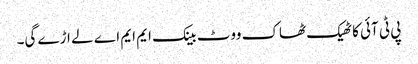
پی ٹی آئی کا ٹھیک ٹھاک ووٹ بینک ایم ایم اے لے اڑے گی۔